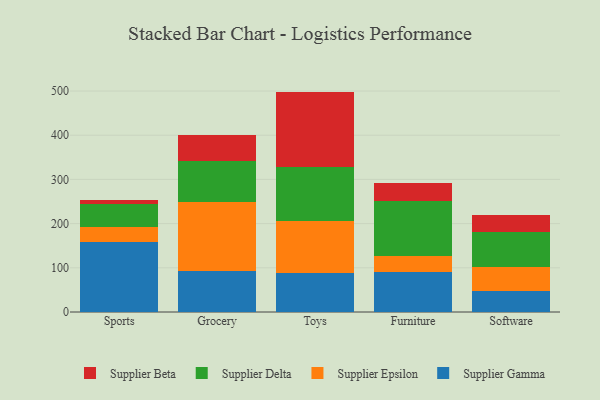
{"axis": {"x": "Category", "y": "Waste Production (Tons)"}, "legend": ["Supplier Beta", "Supplier Delta", "Supplier Epsilon", "Supplier Gamma"], "data": [{"x": "Sports", "y": 159.2, "type": "Supplier Gamma"}, {"x": "Sports", "y": 32.2, "type": "Supplier Epsilon"}, {"x": "Sports", "y": 53.1, "type": "Supplier Delta"}, {"x": "Sports", "y": 8.7, "type": "Supplier Beta"}, {"x": "Grocery", "y": 91.7, "type": "Supplier Gamma"}, {"x": "Grocery", "y": 156.9, "type": "Supplier Epsilon"}, {"x": "Grocery", "y": 93.7, "type": "Supplier Delta"}, {"x": "Grocery", "y": 58.8, "type": "Supplier Beta"}, {"x": "Toys", "y": 88.1, "type": "Supplier Gamma"}, {"x": "Toys", "y": 117.4, "type": "Supplier Epsilon"}, {"x": "Toys", "y": 123.0, "type": "Supplier Delta"}, {"x": "Toys", "y": 170.2, "type": "Supplier Beta"}, {"x": "Furniture", "y": 89.7, "type": "Supplier Gamma"}, {"x": "Furniture", "y": 37.3, "type": "Supplier Epsilon"}, {"x": "Furniture", "y": 125.2, "type": "Supplier Delta"}, {"x": "Furniture", "y": 39.2, "type": "Supplier Beta"}, {"x": "Software", "y": 47.9, "type": "Supplier Gamma"}, {"x": "Software", "y": 54.1, "type": "Supplier Epsilon"}, {"x": "Software", "y": 79.8, "type": "Supplier Delta"}, {"x": "Software", "y": 38.2, "type": "Supplier Beta"}]}